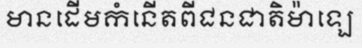
មានដើមកំនើតពីជនជាតិម៉ាឡេ